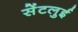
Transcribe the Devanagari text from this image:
सेंटलुई